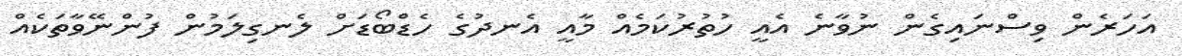
އަހަރެން ވިސްނައިގެން ނުވާނެ އެއީ ހުތުރުކަމެއް މާއީ އެނދުގެ ހެޑްބޯޑަށް ލެނގިލަމުން ފުންނޭވާތަކެއް